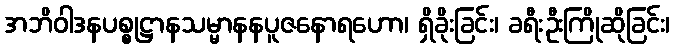
အဘိဝါဒနပစ္စုဋ္ဌာနသမ္မာနနပူဇနောရဟော၊ ရှိခိုးခြင်း၊ ခရီးဦးကြိုဆိုခြင်း၊